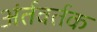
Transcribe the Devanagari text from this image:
अंर्तवर्तक